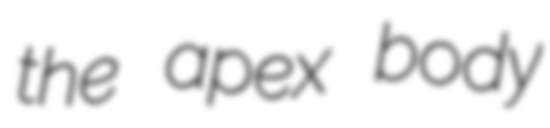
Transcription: the apex body